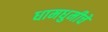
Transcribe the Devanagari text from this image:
धामधुमीचे